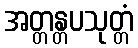
အတ္တန္တပသုတ္တံ